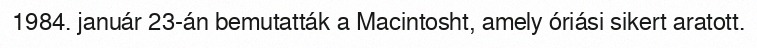
1984. január 23-án bemutatták a Macintosht, amely óriási sikert aratott.